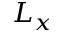
L _ { x }